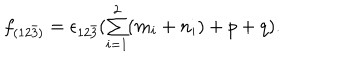
LaTeX: \begin{array} { l c r } { { f _ { ( 1 2 \bar { 3 } ) } = \epsilon _ { 1 2 \bar { 3 } } ( { \sum _ { i = 1 } ^ { 2 } ( m _ { i } + n _ { i } ) } + p + q ) . } } \\ \end{array}